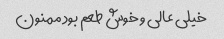
خیلی عالی و خوش طعم بود ممنون